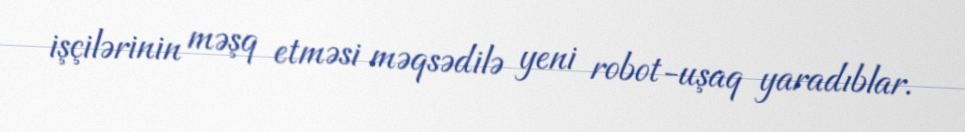
işçilərinin məşq etməsi məqsədilə yeni robot-uşaq yaradıblar.